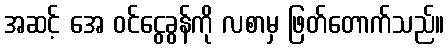
အဆင့် အေ ဝင်ငွေခွန်ကို လစာမှ ဖြတ်တောက်သည်။